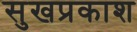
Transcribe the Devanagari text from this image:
सुखप्रकाश